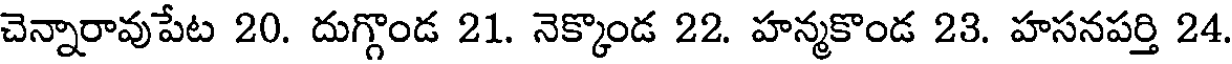
చెన్నారావుపేట 20. దుగ్గొండ 21. నెక్కొండ 22. హన్మకొండ 23. హసనపర్తి 24